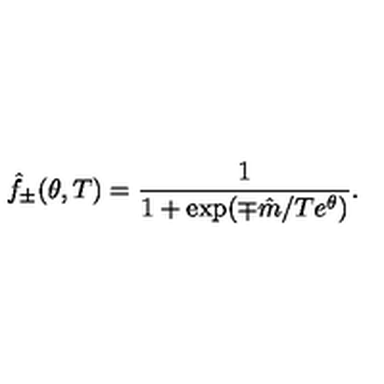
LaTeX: \hat { f } _ { \pm } ( \theta , T ) = \frac { 1 } { 1 + \exp ( \mp \hat { m } / T e ^ { \theta } ) } .